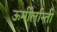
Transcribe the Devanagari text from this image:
ऊर्मीर्लान्ती